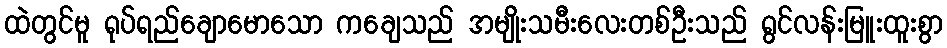
ထဲတွင်မူ ရုပ်ရည်ချောမောသော ကချေသည် အမျိုးသမီးလေးတစ်ဦးသည် ရွင်လန်းမြူးထူးစွာ